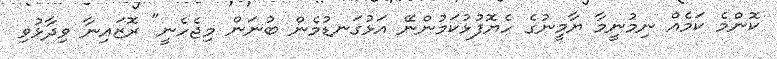
ކޮންމެ ކަމެއް ނިމުނީމާ ޔާމީނުގެ ހެޔޮފުޅުކަމުންނޭ އަޅުގަނޑުމެން ބުނަން މިޖެހެނީ" ރޮޒައިނާ ވިދާޅުވި